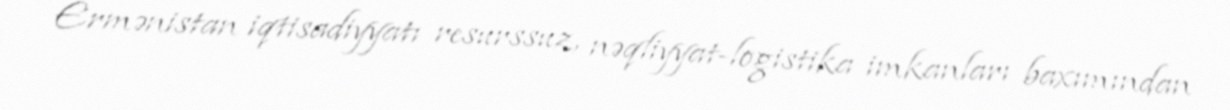
Ermənistan iqtisadiyyatı resurssuz, nəqliyyat-logistika imkanları baxımından